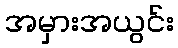
အမှားအယွင်း